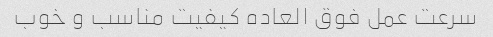
سرعت عمل فوق العاده کیفیت مناسب و خوب